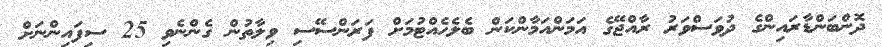
ދޮންބަންޑާރައިންގެ ދުވަސްވަރު ރާއްޖޭގެ އަމަންއަމާންކަން ބެލެހެއްޓުމަށް ފަރަންސޭސި ވިލާތުން ގެންނެވި 25 ސިފައިންނަށް